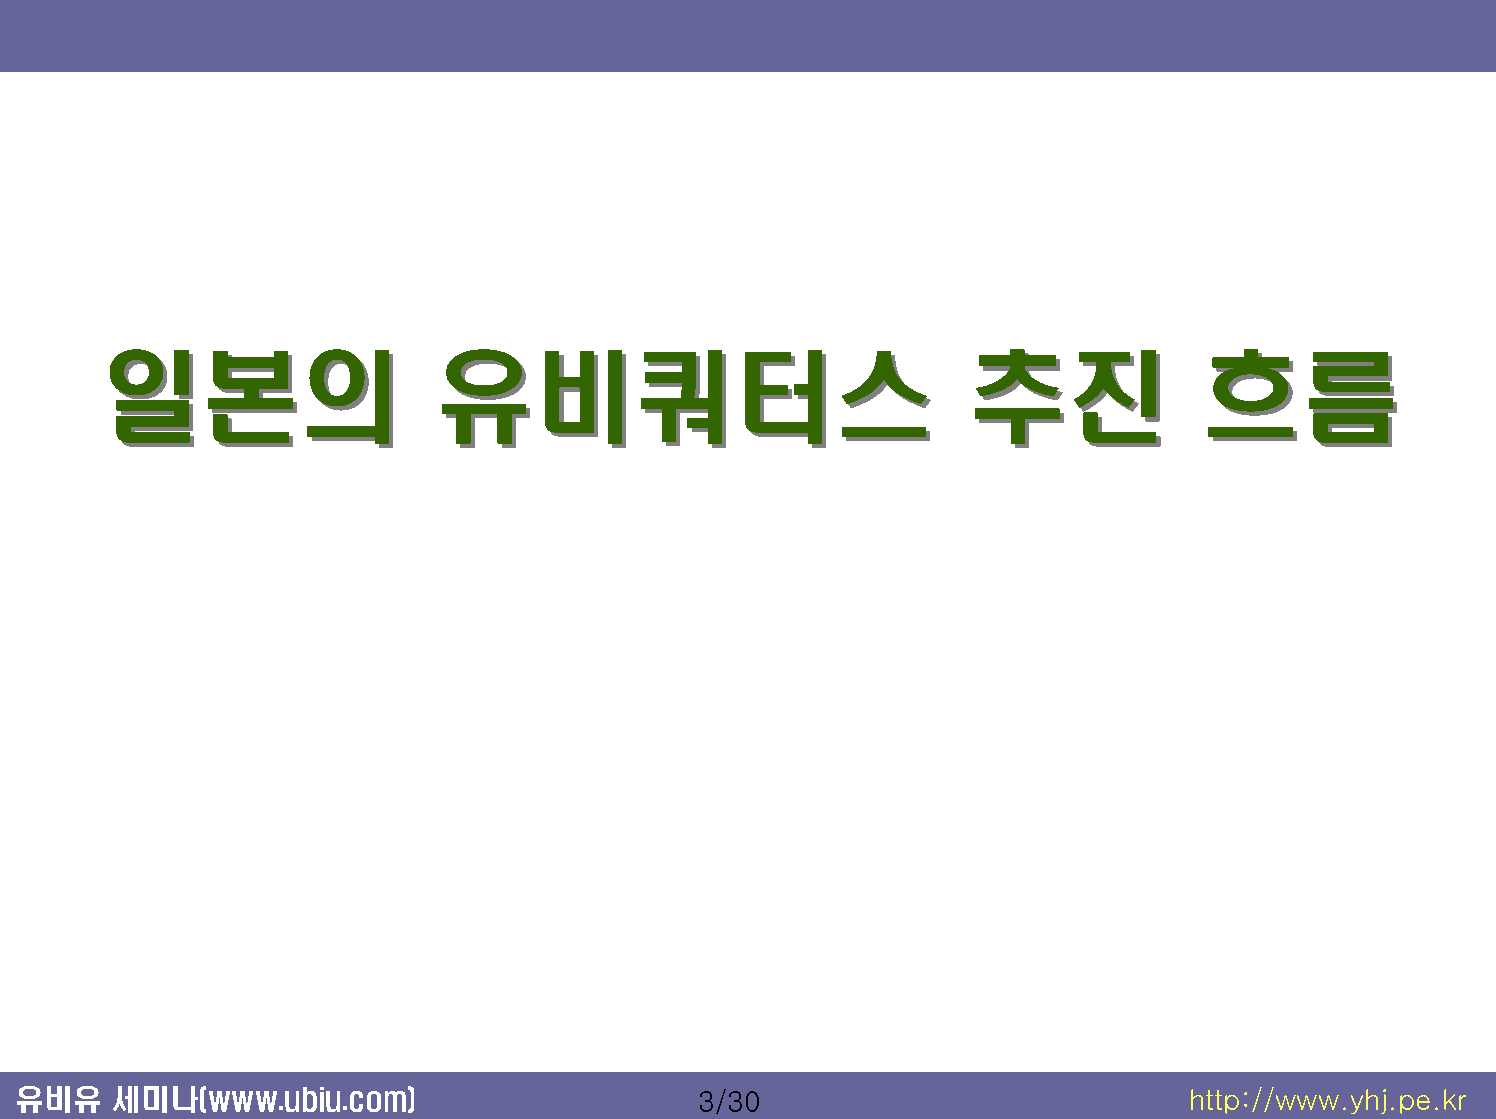
일일본본의의                유유비비쿼쿼터터스스                          추추진진           흐흐름름
 유비유   세미나(www.ubiu.com)                      3/30                            http://www.yhj.pe.kr